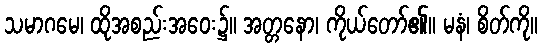
သမာဂမေ၊ ထိုအစည်းအဝေး၌။ အတ္တနော၊ ကိုယ်တော်၏။ မနံ၊ စိတ်ကို။